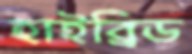
হাইব্রিড